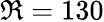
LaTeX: \Re=130